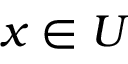
x \in U